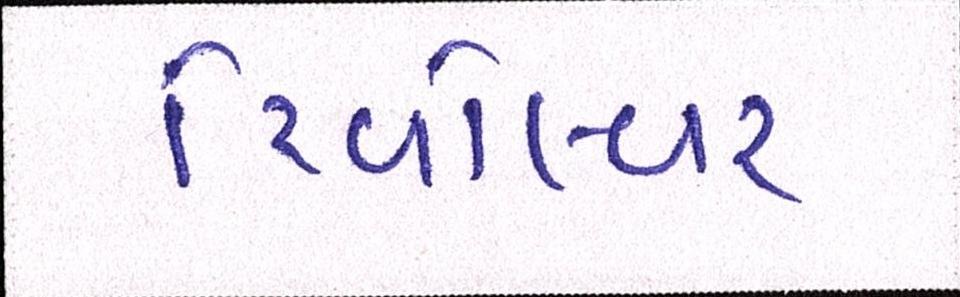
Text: રિવૉલ્વર